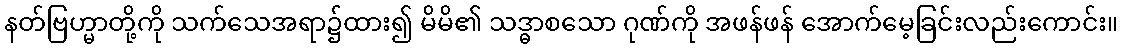
နတ်ဗြဟ္မာတို့ကို သက်သေအရာ၌ထား၍ မိမိ၏ သဒ္ဓာစသော ဂုဏ်ကို အဖန်ဖန် အောက်မေ့ခြင်းလည်းကောင်း။